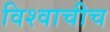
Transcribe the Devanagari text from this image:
विश्वाचीच